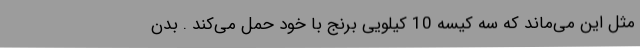
مثل این می‌ماند که سه کیسه 10 کیلویی برنج با خود حمل می‌کند . بدن